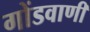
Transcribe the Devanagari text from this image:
गोंडवाणी